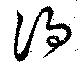
諍